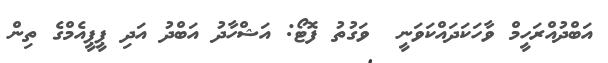
އަބްދުއްރަހީމް ވާހަކަދައްކަވަނީ  ވަގުތު ފޮޓޯ: އަޝްހާދު އަބްދު އަދި ޕީޕީއެމްގެ ތިން